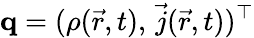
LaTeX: \mathbf{q}=(\rho(\vec{r},t),\, \vec{j}(\vec{r},t))^{\top}